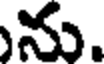
ను.